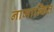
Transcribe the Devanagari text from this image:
नामान्कित